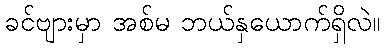
ခင်ဗျားမှာ အစ်မ ဘယ်နှယောက်ရှိလဲ။